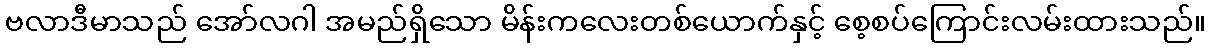
ဗလာဒီမာသည် အော်လဂါ အမည်ရှိသော မိန်းကလေးတစ်ယောက်နှင့် စေ့စပ်ကြောင်းလမ်းထားသည်။